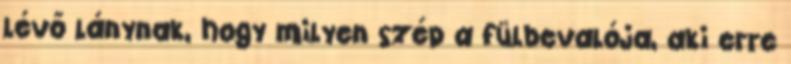
lévő lánynak, hogy milyen szép a fülbevalója, aki erre